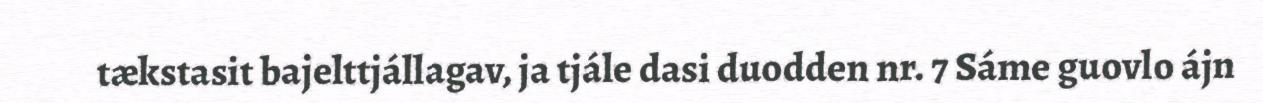
tækstasit bajelttjállagav, ja tjále dasi duodden nr. 7 Sáme guovlo ájn